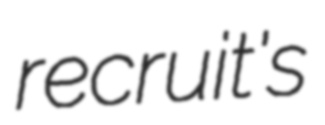
recruit's